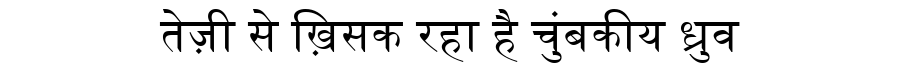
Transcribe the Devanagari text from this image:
तेज़ी से ख़िसक रहा है चुंबकीय ध्रुव